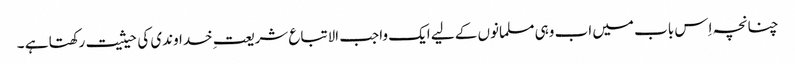
چنانچہ اِس باب میں اب وہی مسلمانوں کے لیے ایک واجب الاتباع شریعت ِخداوندی کی حیثیت رکھتا ہے ۔